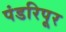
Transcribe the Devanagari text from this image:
पंडरिपूर